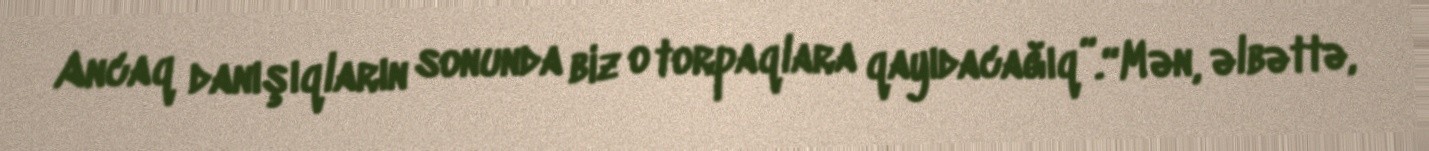
Ancaq danışıqların sonunda biz o torpaqlara qayıdacağıq”.“Mən, əlbəttə,